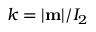
k = | { \bf m } | / I _ { 2 }